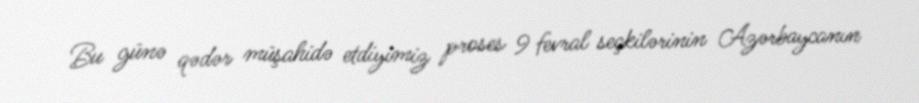
Bu günə qədər müşahidə etdiyimiz proses 9 fevral seçkilərinin Azərbaycanın